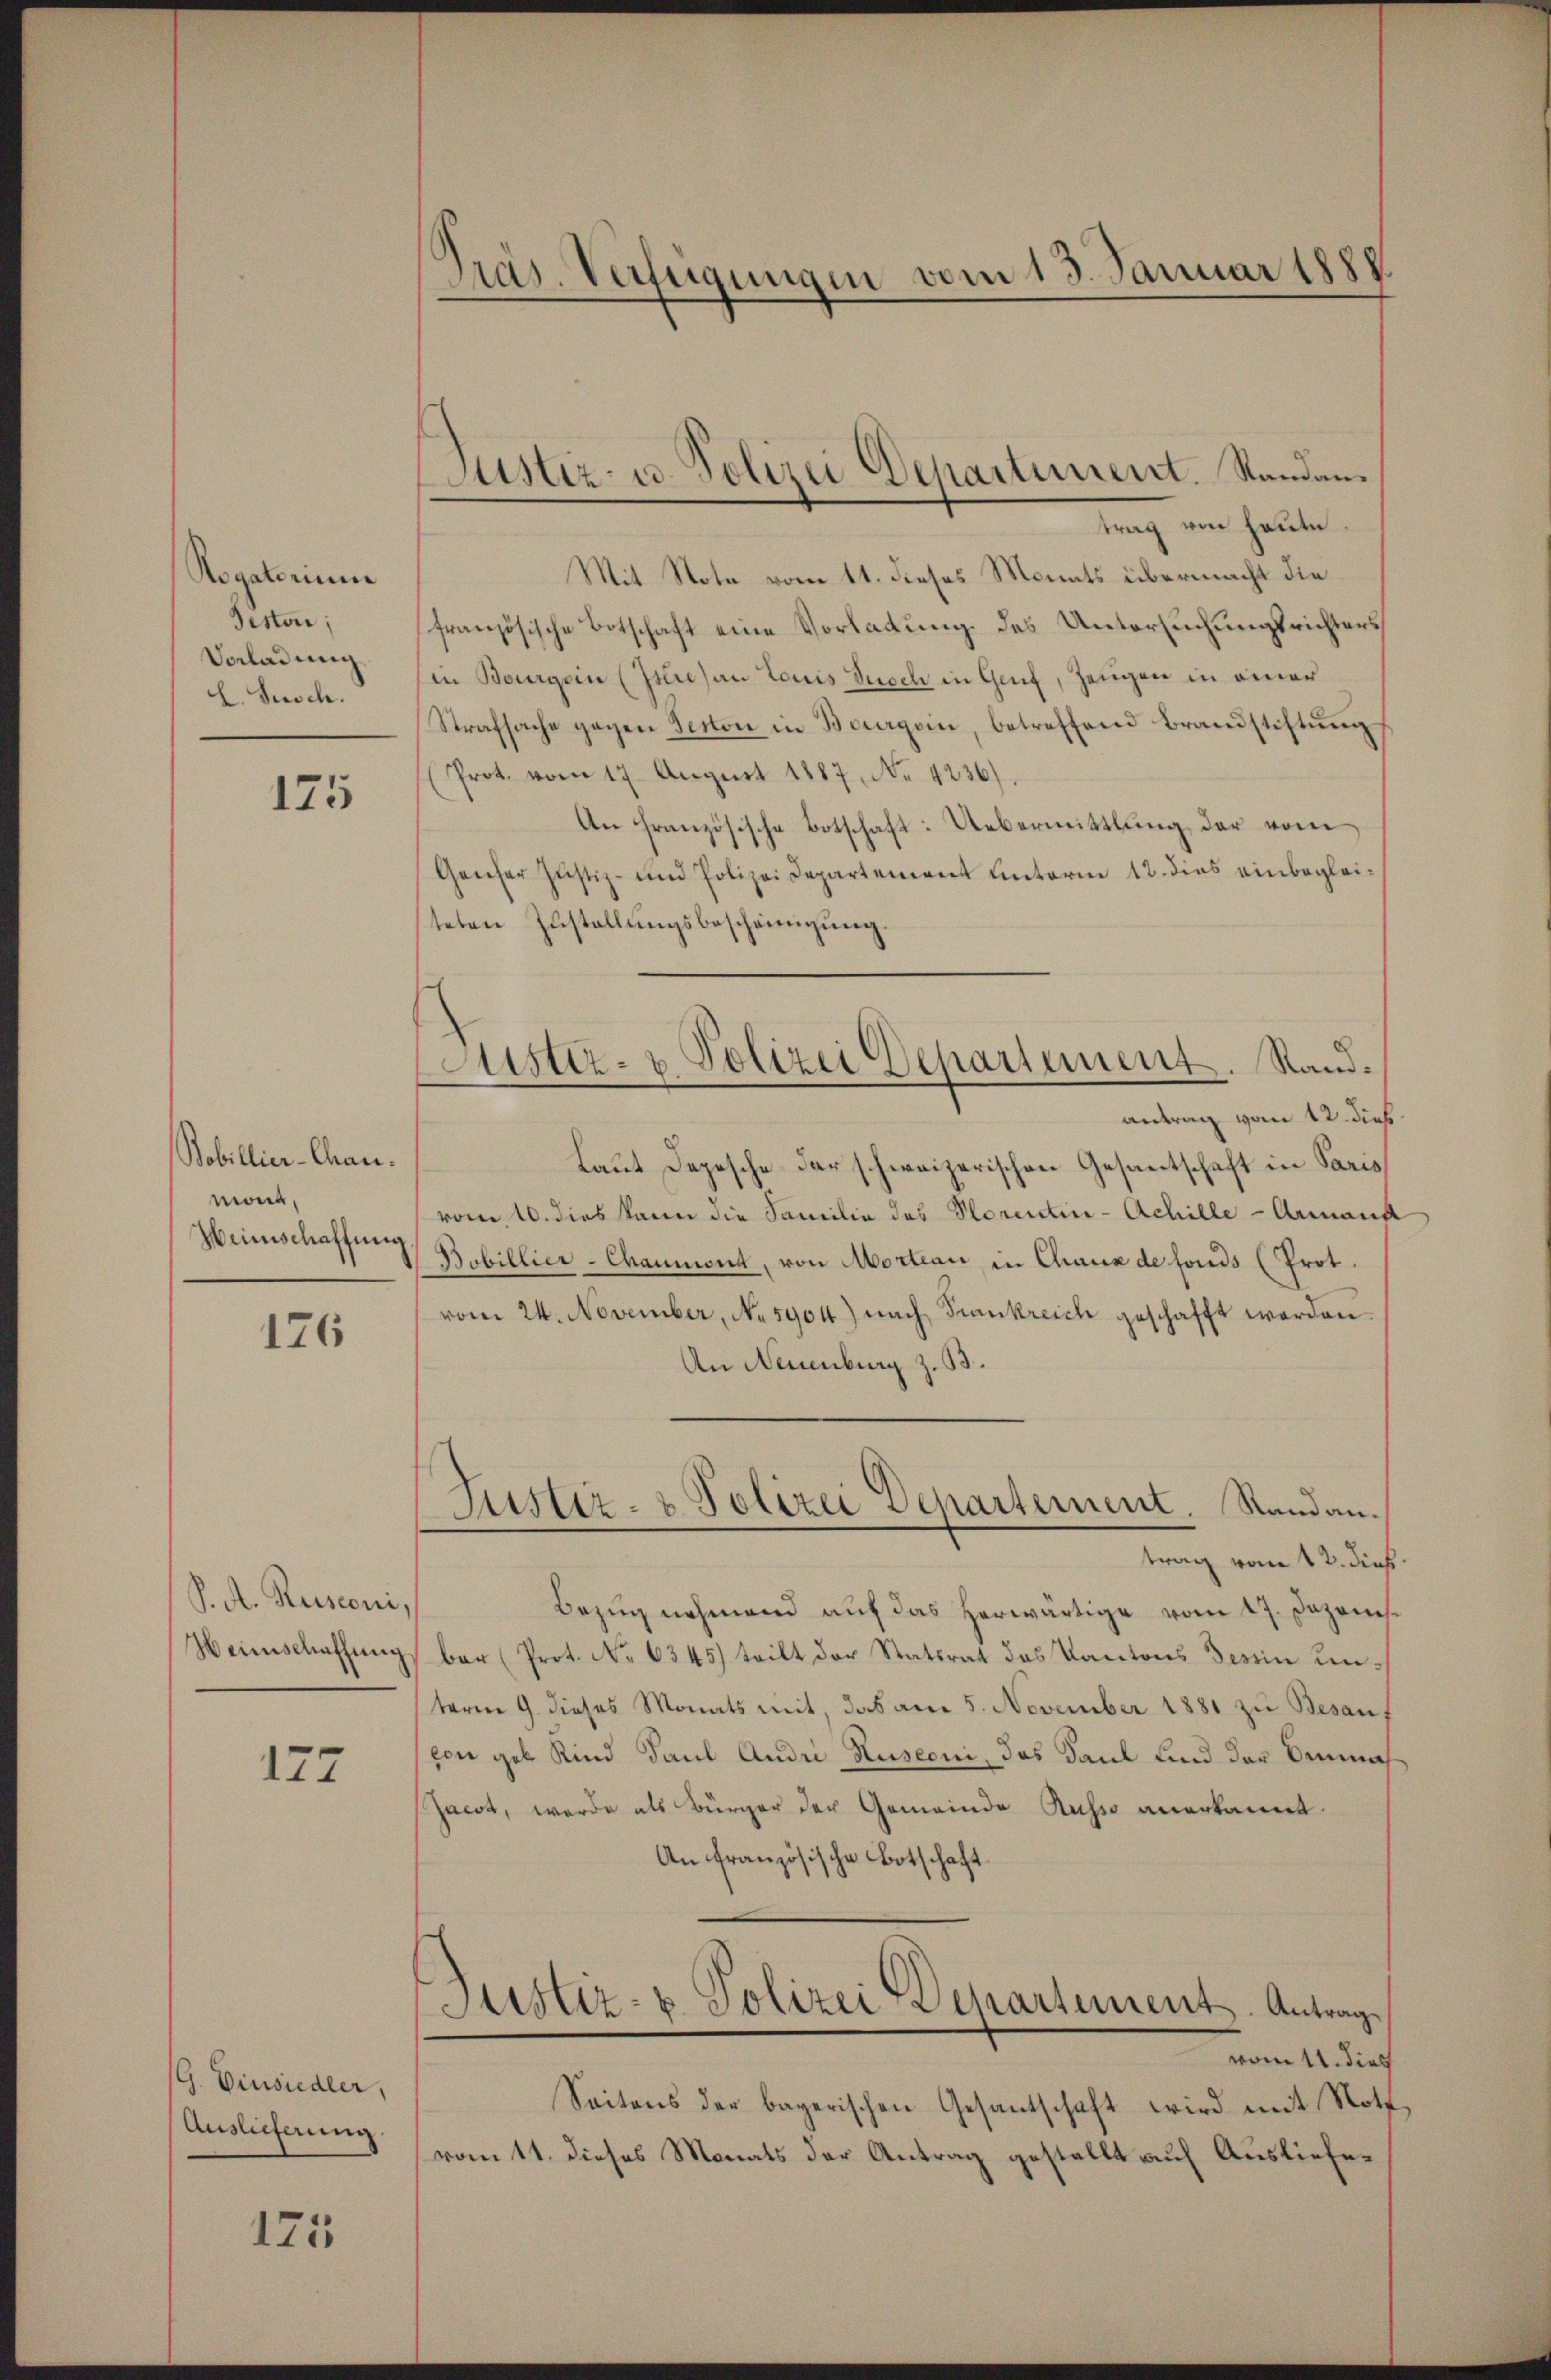
Rogatorium
Piston;
Vorladung
L. Susch.

175

Bobillier-Chaumond,
Weinschaffung

126

S. A. Rusconi,
Weinschaffung

177

G. Einsiedler,
Auslieferung

175

Präs. Verfügungen vom 13. Januar 1888

Justiz- u. Polizei Departiment. Standan
trag von heute.

Astiz- & Polizei Departement. Rand¬

Mit Note vom 11. dieses Monats übermacht die
französische Botschaft eine Vorladung des Untersuchungsrichters
in Bourgoin (Iste) an Louis Zusch in Genf, Zeugen in einer
Strafsache gegen Beston in Bourgoin, betreffend Brandstiftŭng
(Prot. vom 17. August 1887, No. 4236).
An Französische Botschaft: Uebermittlung der vom
Genfer Justiz- und Polizei Departement Unterm 12. dies einbegleiteten Zustellŭngsbescheinigung
antrag vom 12. dieß
Laut Depesche der schweizerischen Gesantschaft in Paris
vom 10. dies kann die Familie des Horentin-Achille - Armand
Bobillier-Chaumont, von Morteau in Chaux de fonds (Prot.
vom 24. November, No. 5904) nach Frankreich geschafft worden.
An Neuenburg z. B.
Justiz- & Polizei Departement. Sandantrag vom 12. dieß
Bezug nehmend auf das herwärtige vom 17. Dezens.
ber (Prot. No 6345) teilt der Statsrat das Kantons Tessin unterm 9. dieses Monats mit das am 5. November 1881 zu Besan,
von geb Kind Paul Andre Rusconi, das Kaul und der Demna
Jacot, werde als Bürger der Gemeinde Russo anerkannt.
An Französische Botschaft
Astiz- & Polizei Departement. Antrag
vom 11. dies
Seitens der bayerischen Gesantschaft wird mit Noth
vom 11. dieses Monats der Antrag gestellt auch Ausliefe¬